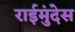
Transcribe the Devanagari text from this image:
राईमुंदेस